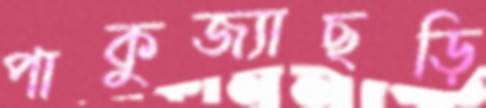
পাকুজ্যাছড়ি